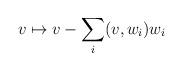
LaTeX: \begin{align*} v\mapsto v- \sum_i(v,w_i)w_i\end{align*}